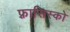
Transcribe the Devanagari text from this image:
फ़्रासिस्को